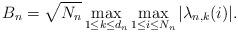
LaTeX: \begin{align*}B_n=\sqrt{N_n}\max_{1\leq k\leq d_n}\max_{1\leq i\leq N_n}|\lambda_{n,k}(i)|.\end{align*}